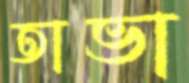
তাভা